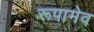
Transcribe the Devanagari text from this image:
रूपामेव